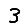
Digit: 3